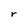
Character: r